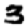
Digit: 3